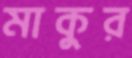
মাকুর